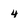
Character: 4